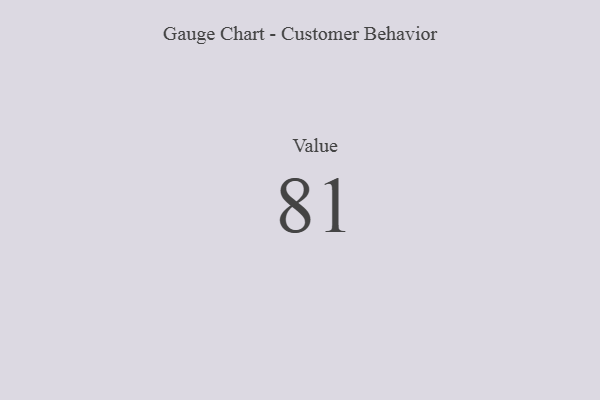
{"axis": {"x": "Metric", "y": "Value"}, "legend": [""], "data": [{"x": "Value", "y": 81, "type": ""}]}